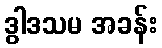
ဒွါဒသမ အခန်း